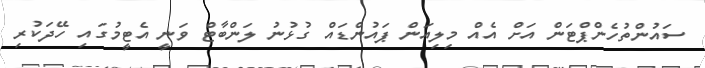
ސައުންތުހެންޕްޓަން އަށް އެއް މިލިއަން ޕައުންޑައް ގުޅުނު ލަންބާޓް ވަނީ އެޓީމުގައި ހޭދަކުރި